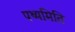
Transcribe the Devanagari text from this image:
पथ्यमिति